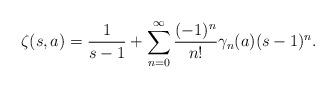
LaTeX: \begin{align*}\zeta(s,a)=\frac1{s-1}+\sum_{n=0}^\infty\frac{(-1)^n}{n!}\gamma_n(a)(s-1)^n.\end{align*}